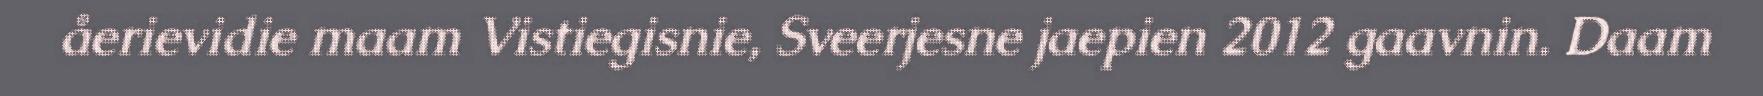
åerievidie maam Vistiegisnie, Sveerjesne jaepien 2012 gaavnin. Daam